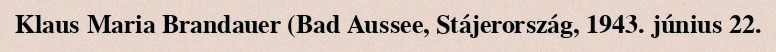
Klaus Maria Brandauer (Bad Aussee, Stájerország, 1943. június 22.